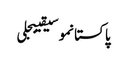
پاکستانموسیقیبجلی